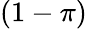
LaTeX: (1-\pi)